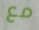
مع